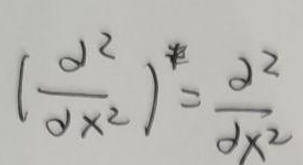
$\left(\frac{\mathrm{d}^{2}}{\mathrm{d}x^{2}}\right)^{\ddagger}=\frac{\mathrm{d}^{2}}{\mathrm{d}x^{2}}$